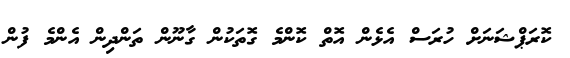
ކޮރަޕްޝަނަށް ހުރަސް އެޅެން އޮތް ކޮންމެ ގޮތަކުން ގާނޫން ތަންދިން އެންމެ ފުން